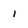
Character: 1